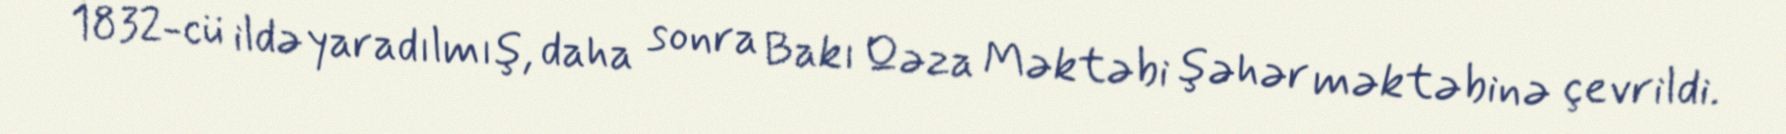
1832-cü ildə yaradılmış, daha sonra Bakı Qəza Məktəbi şəhər məktəbinə çevrildi.